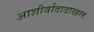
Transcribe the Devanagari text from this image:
आशीर्वादादाखल